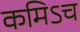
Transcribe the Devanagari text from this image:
कमिऽच